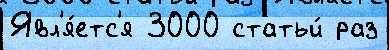
Явл'я́етс'я 3000 статьи́ раз